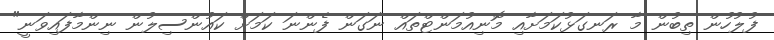
ފުލުހުން ތިބުން މާ ރަނގަޅުކަމަށާއި މޮނިއުމަންޓްތައް ނަގަން ފެންނަ ކަމަށް ކައުންސިލުން ނިންމާފައިވަނީ"